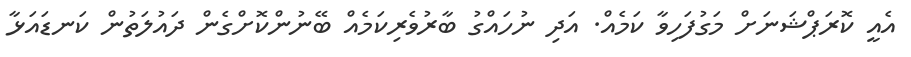
އެއީ ކޮރަޕްޝަނަަށް މަގުފަހިވާ ކަމެއް. އަދި ނުހައްގު ބާރުވެރިކަމެއް ބޭނުންކޮށްގެން ދައުލަތުން ކަނޑައަޅާ